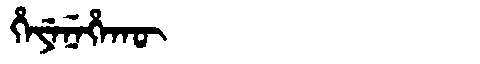
Manchu: ᡥᡝᠶᡝᠨᡝᡥᠠᡴᡡ
Romanization: HEYENEHAKŪ